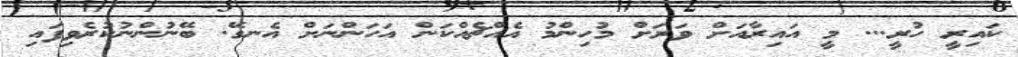
ކައިރީ ހުރީ... މީ އައިރާއަށް ވަރަށް މުހިންމު އެއްޗެއްކަން އަހަންނަށް އެނގޭ. ބޭނުންނުކުރެވިފައި